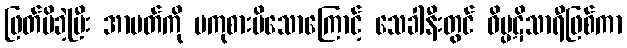
ဖြတ်မိခဲ့ပြီး အာပတ်ကို မကုစားမိသောကြောင့် သေခါနီးတွင် ဝိပ္ပဋိသာရီဖြစ်ကာ